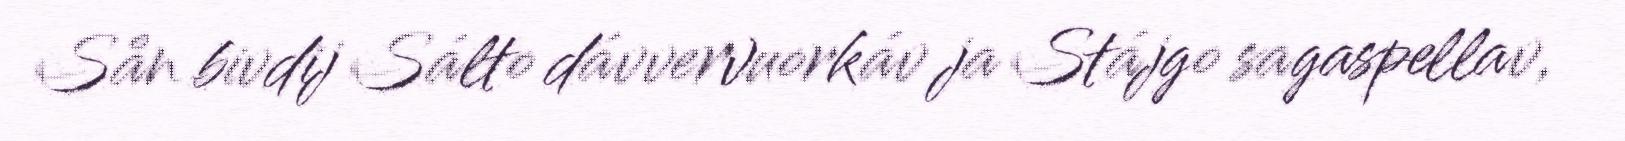
Sån bivdij Sálto dávvervuorkáv ja Stájgo sagaspellav,